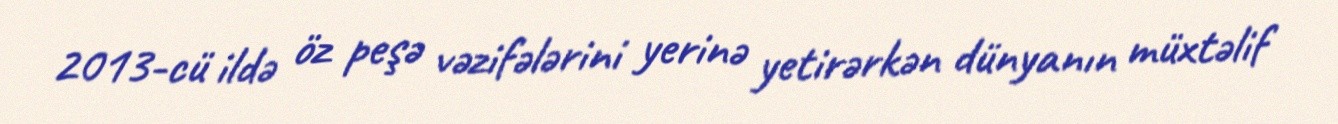
2013-cü ildə öz peşə vəzifələrini yerinə yetirərkən dünyanın müxtəlif